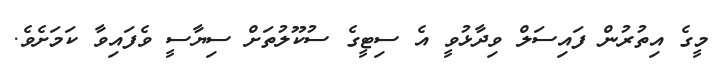
މީގެ އިތުރުން ފައިސަލް ވިދާޅުވީ އެ ސިޓީގެ ސުކޫލުތަށް ސިޔާސީ ވެފައިވާ ކަމަށެވެ.